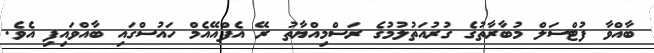
ބާއްވާ ފުޓްސަލް މުބާރާތުގެ ގުރުއަތުލުމުގެ ރަސްމިއްޔާތު ރޭ އެފްއޭއެމް ހައުސްގައި ބާއްވައިފި އެވެ.